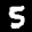
Label: 5